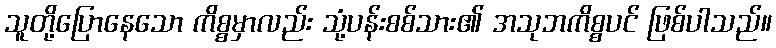
သူတို့ပြောနေသော ကိစ္စမှာလည်း သုံ့ပန်းစစ်သား၏ အသုဘကိစ္စပင် ဖြစ်ပါသည်။